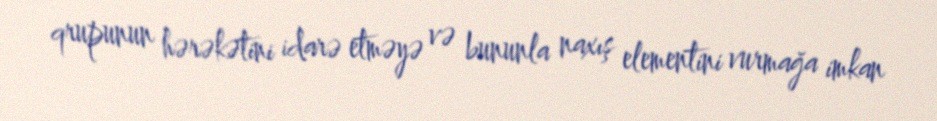
qrupunun hərəkətini idarə etməyə və bununla naxış elementini vurmağa imkan